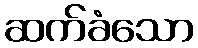
ဆက်ခံသော